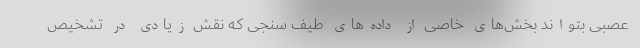
عصبی بتواند بخش‌های خاصی از داده‌های طیف سنجی که نقش زیادی در تشخیص